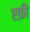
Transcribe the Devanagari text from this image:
एफ़ी